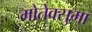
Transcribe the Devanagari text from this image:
मोतेक्सुमा